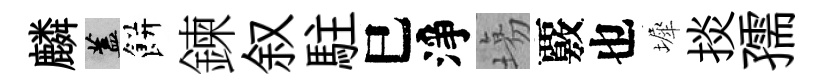
麟蓋餅鍊叙駐巳淨塲覈也墀掞孺